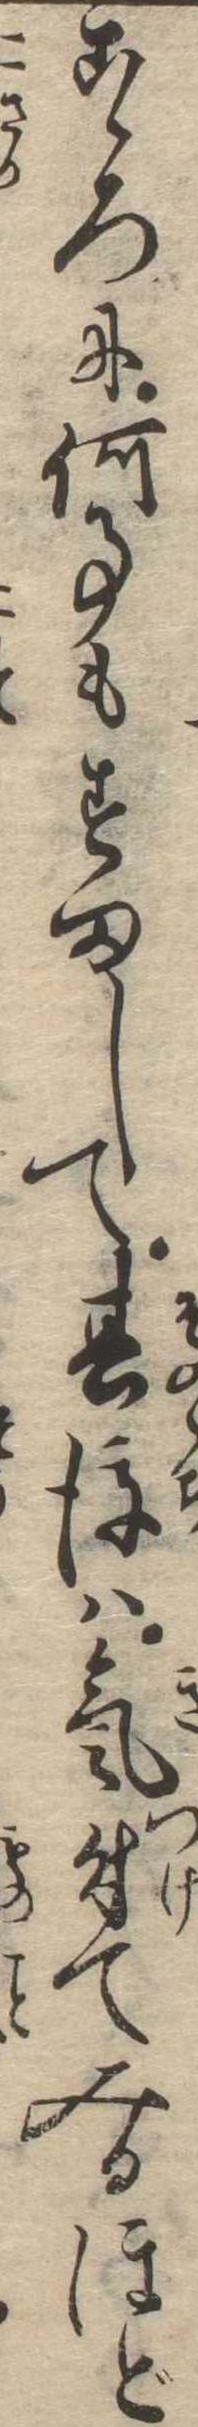
こゝろに何事もすまして其後は気付てみるほど